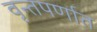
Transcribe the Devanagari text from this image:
वृन्तपर्णात